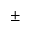
\pm